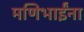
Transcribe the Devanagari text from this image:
मणिभाईंना